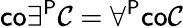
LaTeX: {\mathsf{co}}\exists^{\mathsf{P}}{\mathcal{C}}=\forall^{\mathsf{P}}{\mathsf{co}}{\mathcal{C}}